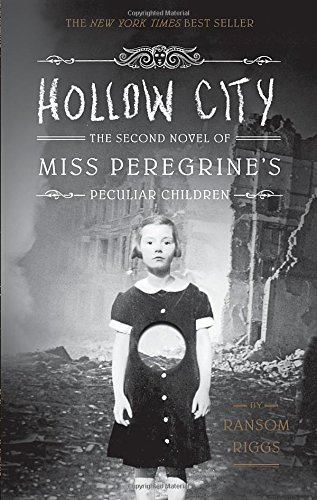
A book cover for Hollow City (Miss Peregrine's Peculiar Children); Ransom Riggs; Teen & Young Adult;